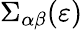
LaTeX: \Sigma_{\alpha\beta}(\varepsilon)